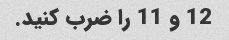
12 و 11 را ضرب کنید.